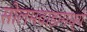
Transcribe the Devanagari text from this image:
सोलमवाडामध्ये